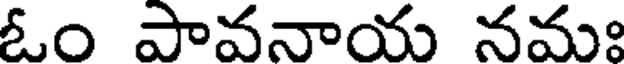
ఓం పావనాయ నమః